Scottish Leaving Certificate Examination, 1953
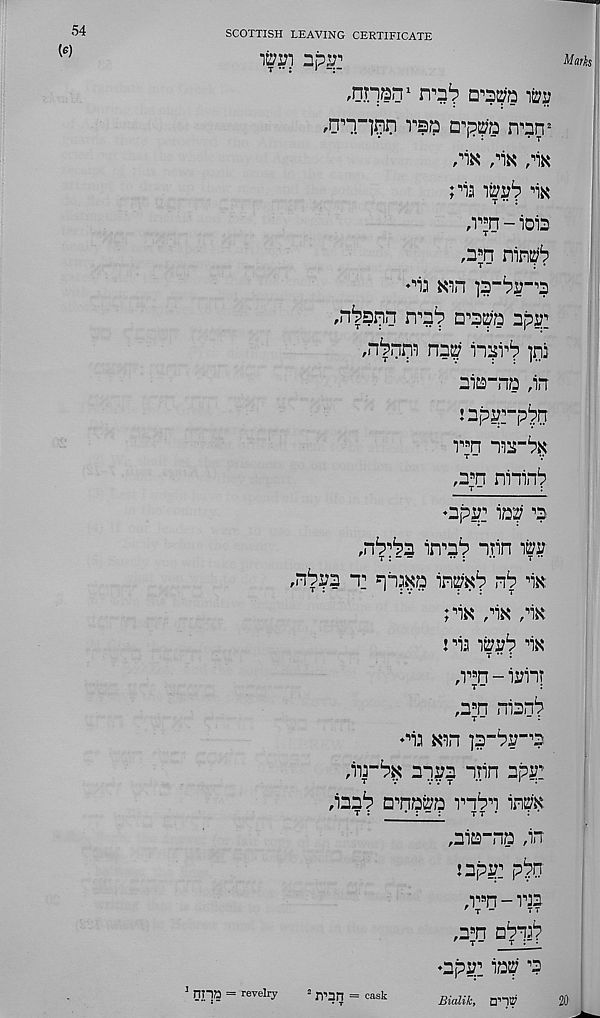
54
(e)
SCOTTISH LEAVING CERTIFICATE
npXT
Marks
^nan 1
m
.nn _ ]nn rsa Ail n^n 2
.
»• : -
* T
M M M
ria
Pk
,i^n - ioB
,3^n nin^
♦ n ia
,nlaipn n ,, 3 i ?
gpr
,nlnni ngg
]ni
nia-ng ,in
japgrp^rr
TTt
,a fl n nininb
t ~
:
opg: ioi
nrin
t : —
•• :
••
t
,nlgg t
in^2? nP Pk
;Pk ,Pk piK
jpa
Pk
t •• :
p ,9 n - ii?inT
t -
:
,a s n nianP
r t-
- :
* 9 ia Kan ]3”Pg -, 3
parPK 2133 nrin npjp
P33P D 9 natz;Q pnPn in^K
T :
‘
:
tt •
,3i£S“ng prr
!3pi?: p^n
p; fl n-PB
,3 B n aPna*?
T "
t ; ■
♦3p32
'?
1 Oil? = revelry
2 Win = cask
Q ,^
20